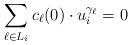
LaTeX: \begin{align*}\sum_{\ell\in L_{i}} c_{\ell}(0)\cdot u_{i}^{\gamma_{\ell}}=0\end{align*}